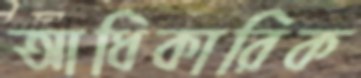
আধিকারিক